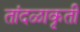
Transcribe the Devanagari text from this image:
तांदळाकृती